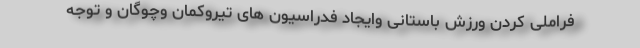
فراملی کردن ورزش باستانی وایجاد فدراسیون های تیروکمان وچوگان و توجه